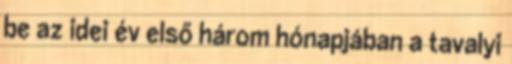
be az idei év első három hónapjában a tavalyi